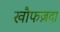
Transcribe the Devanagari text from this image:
खौफज़दा